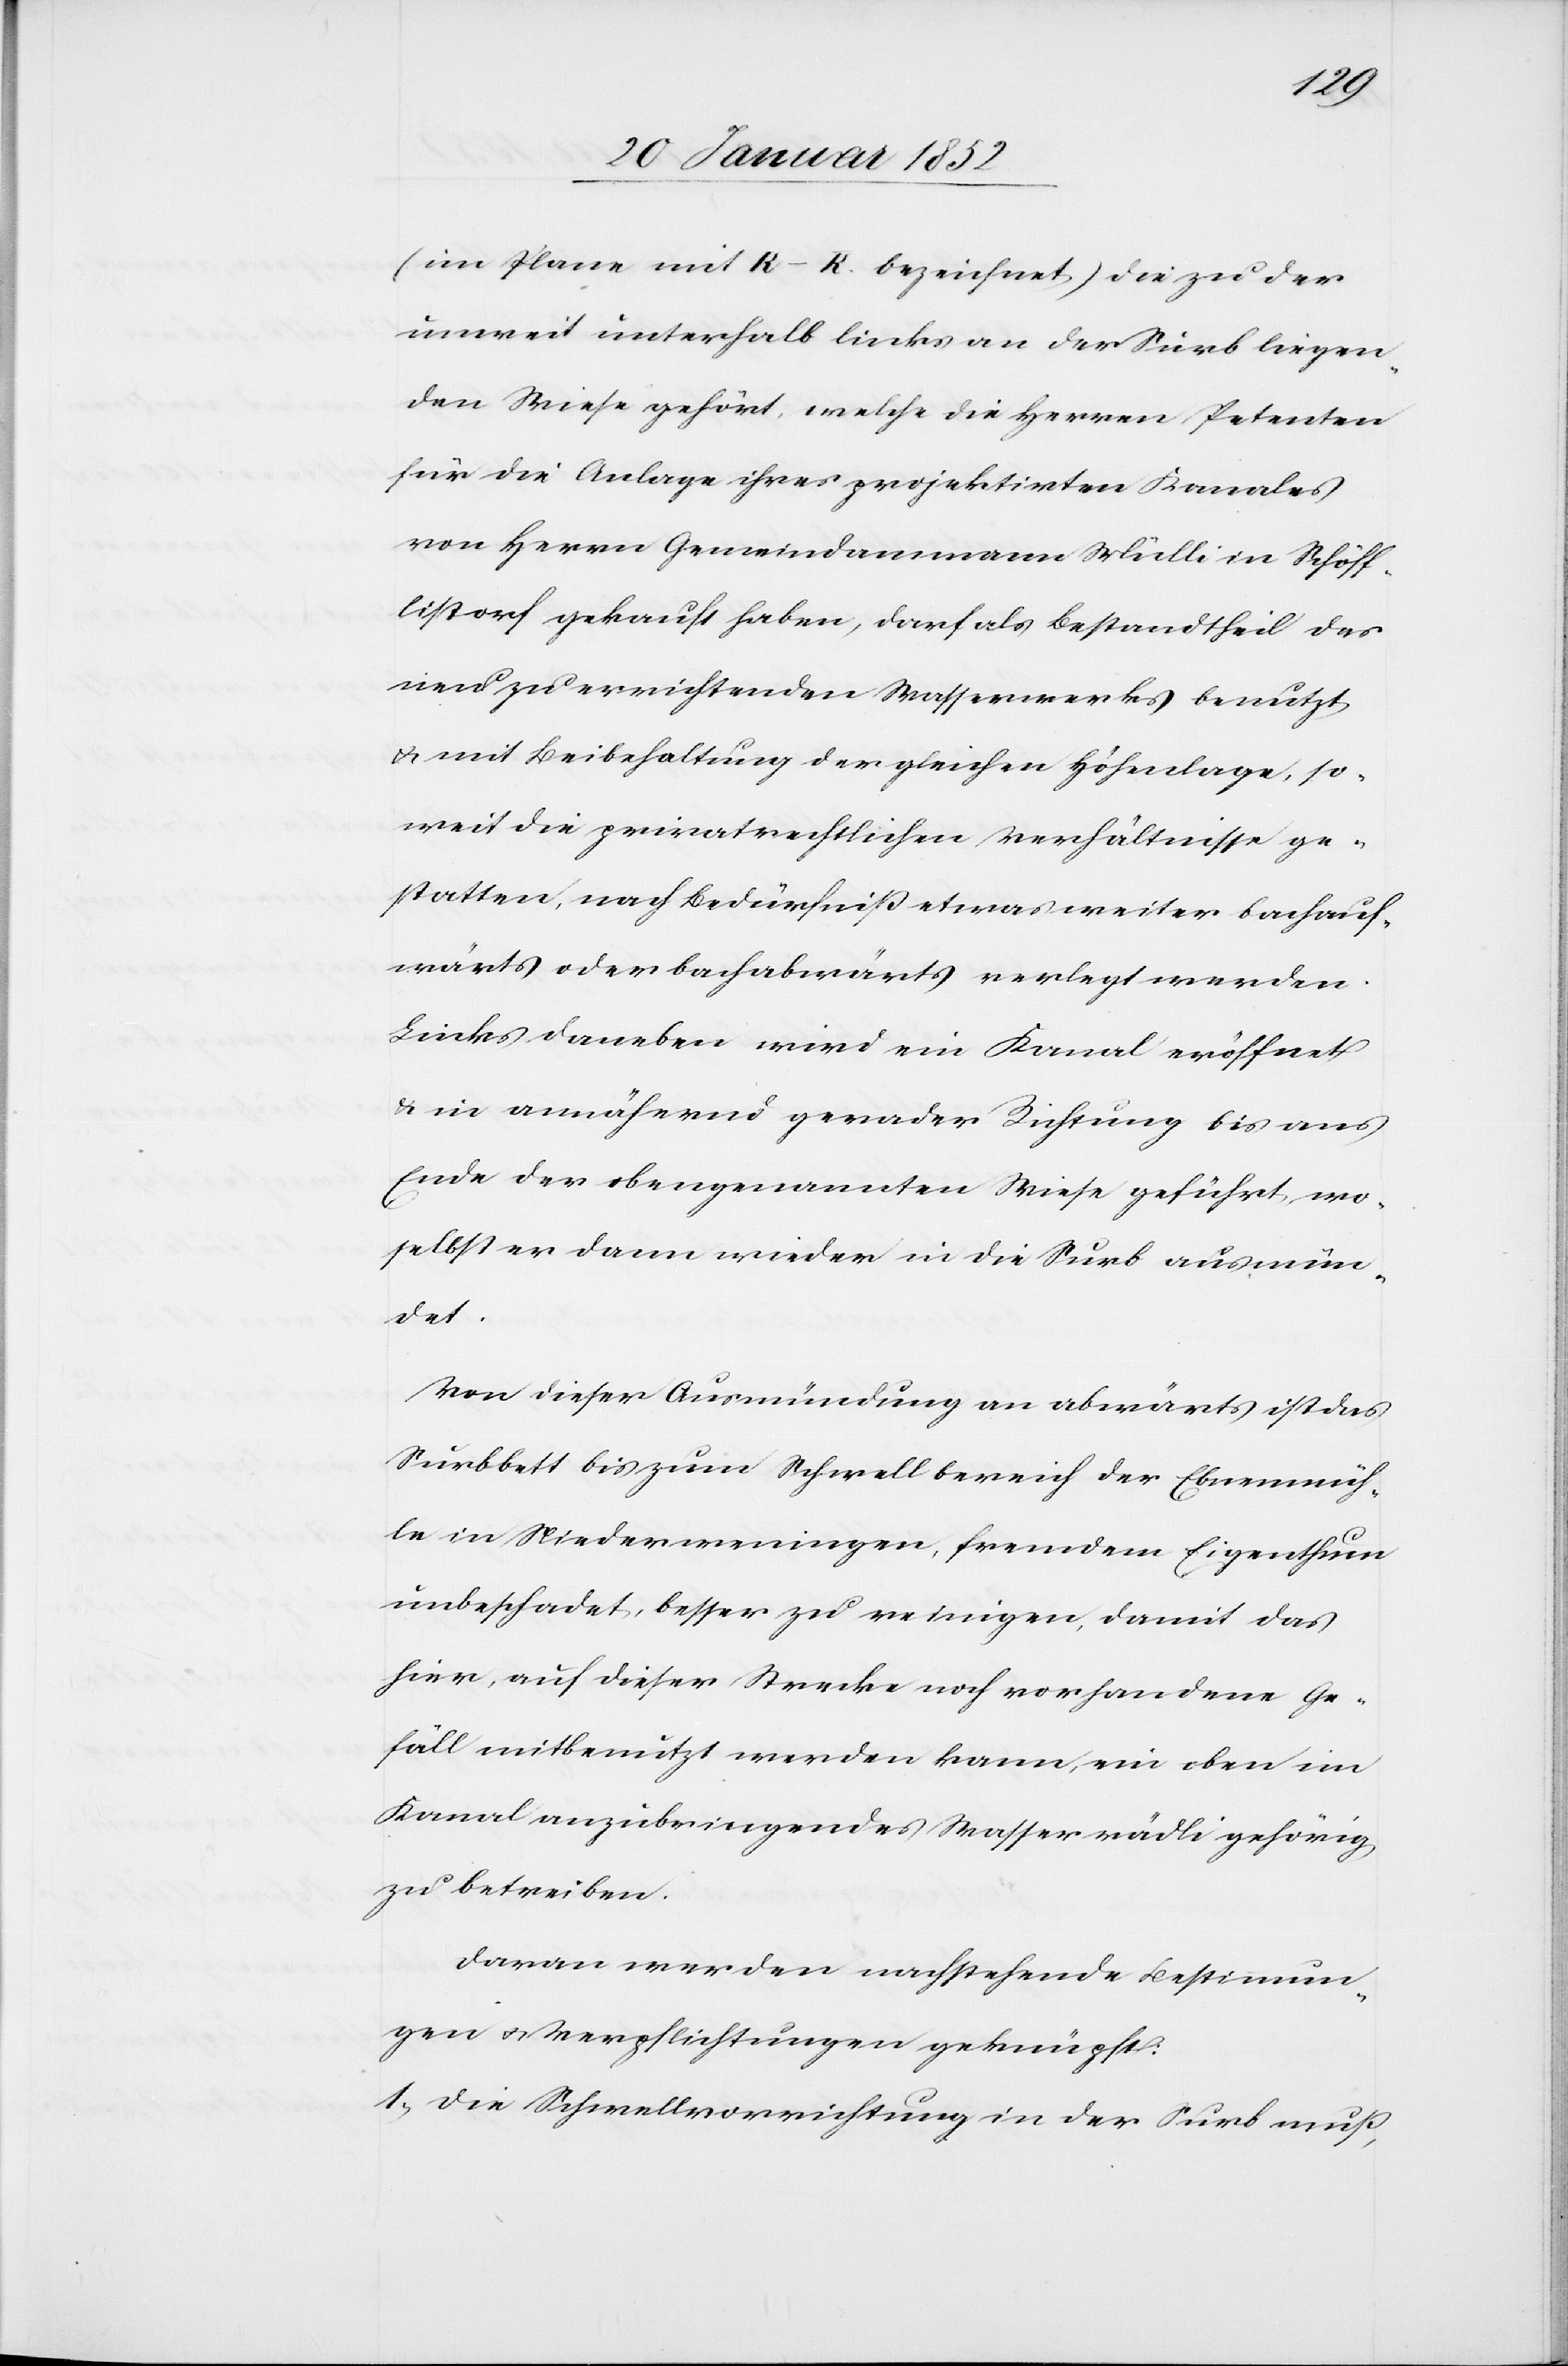
(im Plane mit K – K bezeichnet) die zu der
unweit unterhalb links an der Surb liegen¬
den Wiese gehört, welche die Herren Petenten
für die Anlage ihres projektirten Kanales
von Herrn Gemeindammann Mülli in Schöff¬
listorf gekauft haben, darf als Bestandtheil des
neu zu errichtenden Wasserwerkes benutzt
u. mit Beibehaltung der gleichen Höhenlage, so¬
weit die privatrechtlichen Verhältnisse ge¬
statten, nach Bedürfniß etwas weiter bachauf¬
wärts oder bachabwärts verlegt werden.
Links daneben wird ein Kanal eröffnet
u. in annähernd gerader Richtung bis ans
Ende der obengenannten Wiese geführt, wo¬
selbst er dann wieder in die Surb ausmün¬
det.
Von dieser Ausmündung an abwärts ist das
Surbbett bis zum Schwellbereich der Ebnenmüh¬
le in Niederweningen, fremdem Eigenthum
unbeschadet, besser zu reinigen, damit das
hier, auf dieser Strecke noch vorhandene Ge¬
fäll mitbenutzt werden kann, wie oben ein
Kanal anzubringendes Wasserrädli gehörig
zu betreiben.
Davon werden nachstehende Bestimmun¬
gen u. Verpflichtungen geknüpft:
1.) Die Schwellvorrichtung in der Surb muß,